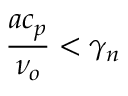
\frac { a c _ { p } } { \nu _ { o } } < \gamma _ { n }